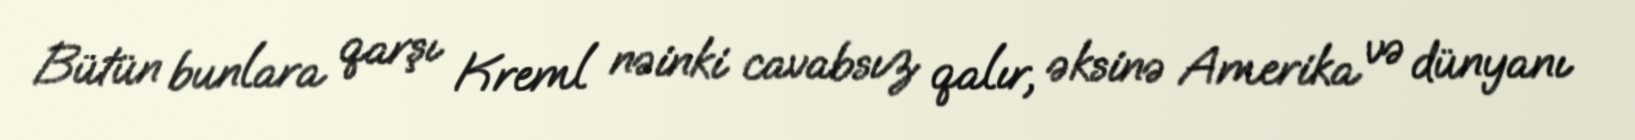
Bütün bunlara qarşı Kreml nəinki cavabsız qalır, əksinə Amerika və dünyanı